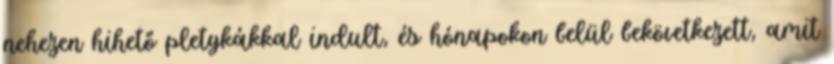
nehezen hihető pletykákkal indult, és hónapokon belül bekövetkezett, amit